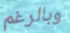
وبالرغم